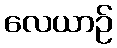
လေယာဉ်